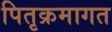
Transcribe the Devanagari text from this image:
पितृक्रमागत